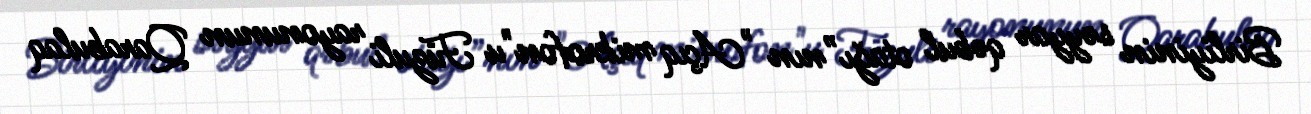
Birliyinin səyyar qəbul otağı”nın "Açıq mikrofon"u Füzuli rayonunun Qarabulaq